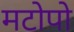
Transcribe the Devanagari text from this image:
मटोपो